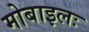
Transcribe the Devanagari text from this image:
मोबाइलः